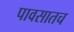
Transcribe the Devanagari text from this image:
पावसातच